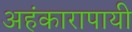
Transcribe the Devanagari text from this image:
अहंकारापायी